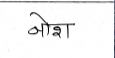
मजकूर: नोश